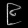
Digit: ၉